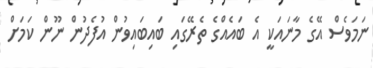
ނަމަވެސް އޭގެ މާނައަކީ އެ ބައެއްގެ ތެރޭގައި ބައިބައިވުން އުފެދުން ނޫން ކަމަށް